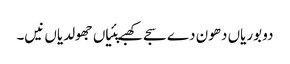
دو بوریاں دھون دے سجے کھبے پئیاں جھولدیاں نیں۔